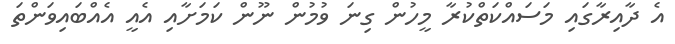
އެ ދާއިރާގައި މަސައްކަތްކުރާ މީހުން ގިނަ ވުމުން ނޫން ކަމަށާއި އެއީ އެއްބައިވަންތަ